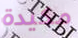
مكيدة